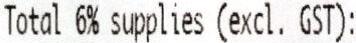
TOTAL 6% SUPPLIES (EXCL. GST):